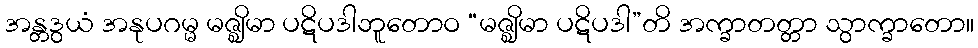
အန္တဒွယံ အနုပဂမ္မ မဇ္ဈိမာ ပဋိပဒါဘူတောဝ “မဇ္ဈိမာ ပဋိပဒါ”တိ အက္ခာတတ္တာ သွာက္ခာတော။